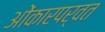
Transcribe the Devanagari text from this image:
ओंकारपर्वत